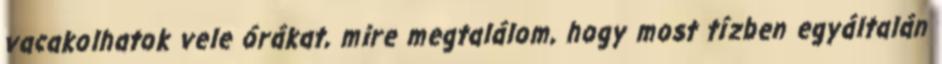
vacakolhatok vele órákat, mire megtalálom, hogy most tízben egyáltalán